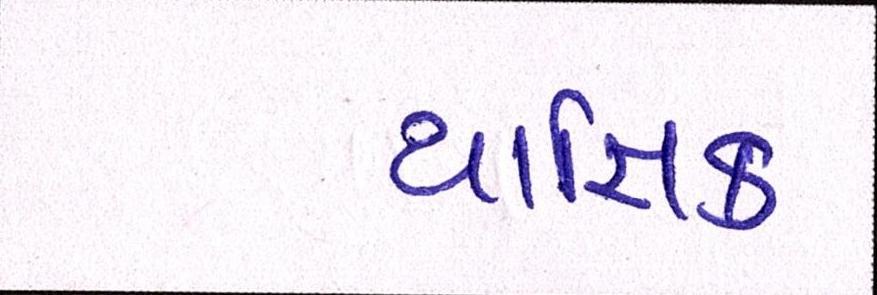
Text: યાજ્ઞિક